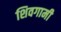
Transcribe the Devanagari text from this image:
शिवगामी